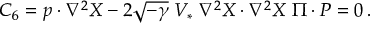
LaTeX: { \cal C } _ { 6 } = p \cdot \nabla ^ { 2 } X - 2 \sqrt { - \gamma } \; V _ { * } \; \nabla ^ { 2 } X \cdot \nabla ^ { 2 } X \; \Pi \cdot P = 0 \, .